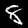
Label: 8